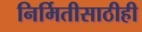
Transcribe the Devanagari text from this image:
निर्मितीसाठीही